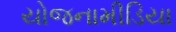
યોજનામીડિયા